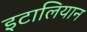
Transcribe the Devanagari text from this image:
इटालियान